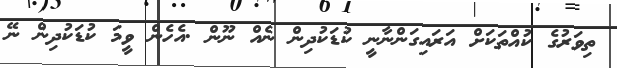
ތިވަރުގެ ކުއްތަކަށް އަރައިގަންނާނީ ކުޑަކުދިން ނެއް ނޫން .އެހެން ވީމަ ކުޑަކުދިން ނޭ